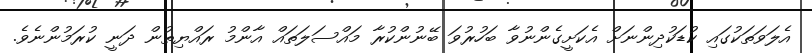
އެލަވަތަކުގައި ކުޑަކުދިންނަށް އެކަށީގެންނުވާ ބަހުރުވަ ބޭނުންކުރާ މައްސަލަތައް އާންމު ރައްޔިތުން ދަނީ ކުރަމުންނެވެ.